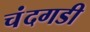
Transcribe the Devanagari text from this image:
चंंदगडी